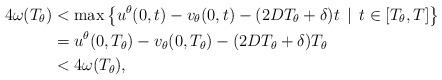
LaTeX: \begin{align*}4 \omega(T_{\theta}) &< \max \left\{ u^{\theta}(0,t) - v_{\theta}(0,t) - (2D T_{\theta} + \delta)t \, \mid \, t \in [T_{\theta},T] \right\} \\&= u^{\theta}(0,T_{\theta}) - v_{\theta}(0,T_{\theta}) - (2D T_{\theta} + \delta)T_{\theta} \\&< 4 \omega(T_{\theta}),\end{align*}